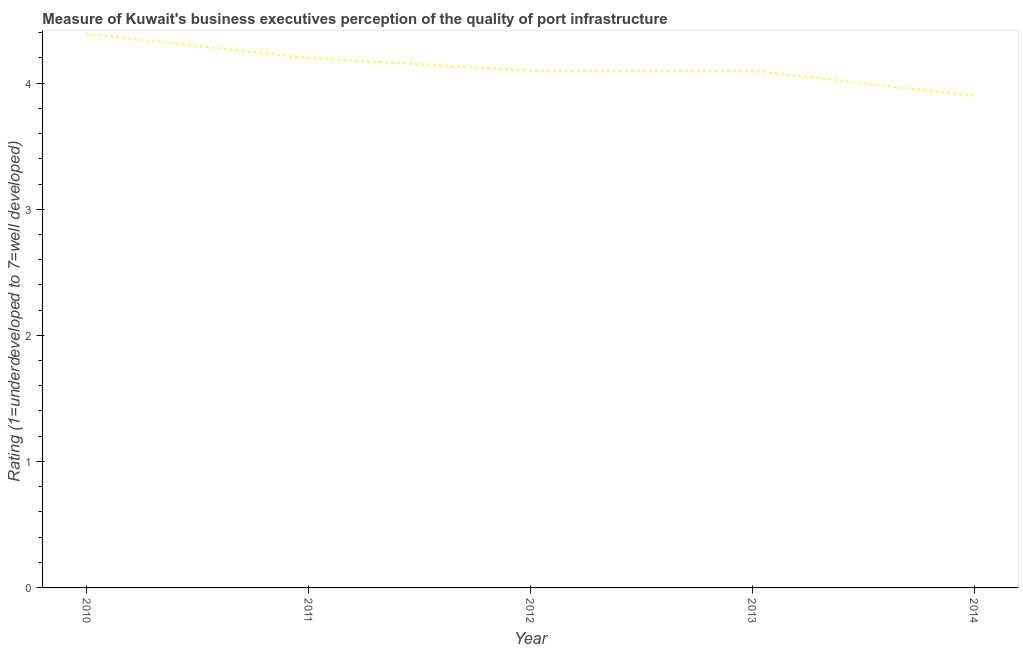
| Year | Quality of port infrastructure |
 | --- | --- |
 | 2010 | 4.39 |
 | 2011 | 4.2 |
 | 2012 | 4.1 |
 | 2013 | 4.1 |
 | 2014 | 3.9 |